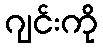
ဂျင်းကို